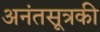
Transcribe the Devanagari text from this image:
अनंतसूत्रकी